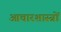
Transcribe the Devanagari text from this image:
आचारशास्त्रों